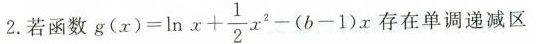
2. 若函数 $$g ( x ) = \ln x + \frac { 1 } { 2 }